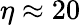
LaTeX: \eta\approx 20